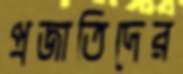
প্রজাতিদের